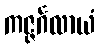
ကဇ္ဇင်္ဂလာယံ